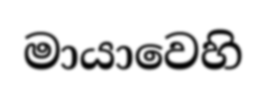
මායාවෙහි